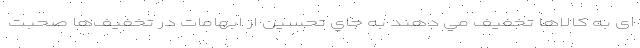
ای به كالاها تخفيف مي دهند به جاي تحسین از ابهامات در تخفيف‌ها صحبت